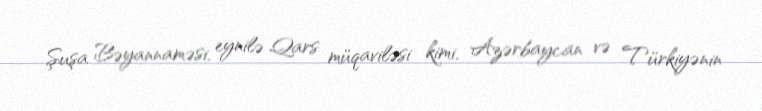
Şuşa Bəyannaməsi, eynilə Qars müqaviləsi kimi, Azərbaycan və Türkiyənin